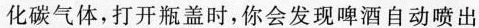
化碳气体，打开瓶盖时，你会发现啤酒自动喷出